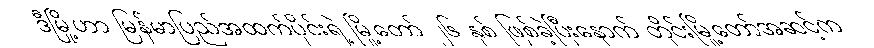
ဒီမြို့ဟာ မြန်မာပြည်အထက်ပိုင်းရဲ့ မြို့တော် ၂၆ နှစ် ဖြစ်ခဲ့ပြီးနောက် တိုင်းမြို့တော်အဆင့်က